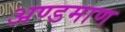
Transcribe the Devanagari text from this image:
अण्डमाण